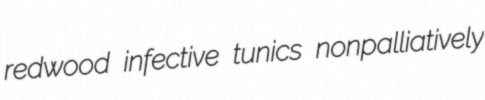
redwood infective tunics nonpalliatively